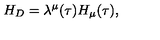
H _ { D } = \lambda ^ { \mu } ( \tau ) H _ { \mu } ( \tau ) ,